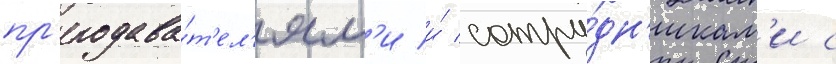
пр'еподава́т'ел'ям'и и́ сотру́дн'икам'и с